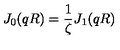
J _ { 0 } ( q R ) = \frac { 1 } { \zeta } J _ { 1 } ( q R )